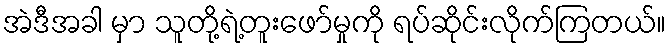
အဲဒီအခါ မှာ သူတို့ရဲ့တူးဖော်မှုကို ရပ်ဆိုင်းလိုက်ကြတယ်။